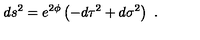
d s ^ { 2 } = e ^ { 2 \phi } \left( - d \tau ^ { 2 } + d \sigma ^ { 2 } \right) \ .